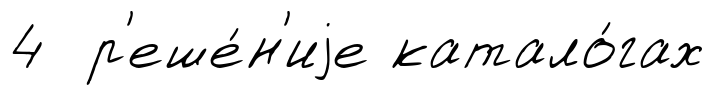
4 р'еше́н'иjе катало́гах